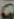
10